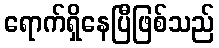
ရောက်ရှိနေပြီဖြစ်သည်